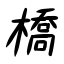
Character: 橋